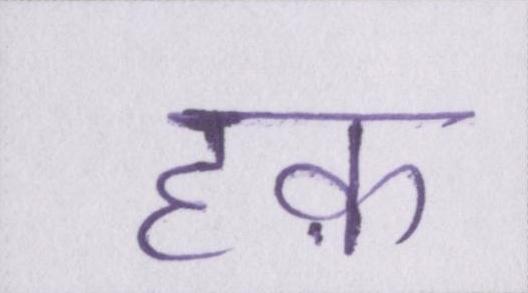
हक़